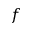
f